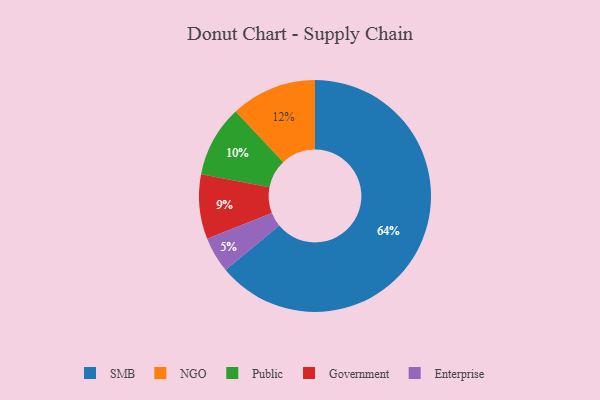
{"axis": {"x": "Category", "y": "Percentage"}, "legend": ["Enterprise", "Government", "NGO", "Public", "SMB"], "data": [{"x": "SMB", "y": 64, "type": "SMB"}, {"x": "NGO", "y": 12, "type": "NGO"}, {"x": "Government", "y": 9, "type": "Government"}, {"x": "Enterprise", "y": 5, "type": "Enterprise"}, {"x": "Public", "y": 10, "type": "Public"}]}